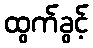
ထွက်ခွင့်